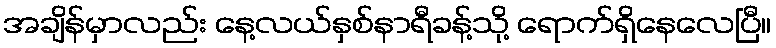
အချိန်မှာလည်း နေ့လယ်နှစ်နာရီခန့်သို့ ရောက်ရှိနေလေပြီ။